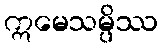
ဣမေသမ္ပိဿ